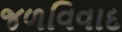
જળવિવાદ